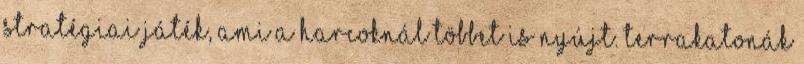
Stratégiai játék, ami a harcoknál többet is nyújt. Terrakatonák